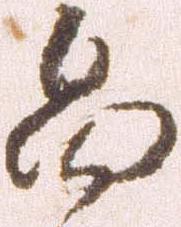
畠